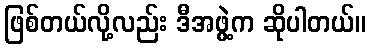
ဖြစ်တယ်လို့လည်း ဒီအဖွဲ့က ဆိုပါတယ်။